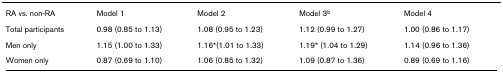
| RA vs. non-RA | Model 1 | Model 2 | Model 3b | Model 4 |
 | --- | --- | --- | --- | --- |
 | Total participants | 0.98 (0.85 to 1.13) | 1.08 (0.95 to 1.23) | 1.12 (0.99 to 1.27) | 1.00 (0.86 to 1.17) |
 | Men only | 1.15 (1.00 to 1.33) | 1.16*(1.01 to 1.33) | 1.19* (1.04 to 1.29) | 1.14 (0.96 to 1.36) |
 | Women only | 0.87 (0.69 to 1.10) | 1.06 (0.85 to 1.32) | 1.09 (0.87 to 1.36) | 0.89 (0.69 to 1.16) |